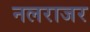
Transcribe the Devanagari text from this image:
नलराजर